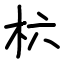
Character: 𣏥